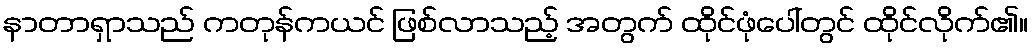
နာတာရှာသည် ကတုန်ကယင် ဖြစ်လာသည့် အတွက် ထိုင်ဖုံပေါ်တွင် ထိုင်လိုက်၏။